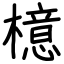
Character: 檍